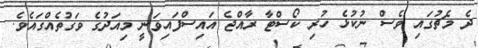
ދެ މެޗުގައި ވެސް ނުކުޅެ ހުރި ކޯސްޓާ ރާއްޖެ އައިސްފައިވަނީ މިއަދުގެ ވަގުތެއްގައެވެ.